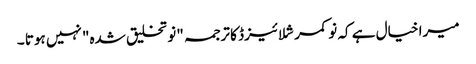
میرا خیال ہے کہ نو کمرشلائیزڈ کا ترجمہ "نو تخلیق شدہ" نہیں ہوتا ۔